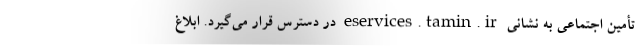
تأمین اجتماعی به نشانی eservices.tamin.ir در دسترس قرار می‌گیرد. ابلاغ